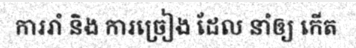
ការរាំ និង ការច្រៀង ដែល នាំឲ្យ កើត